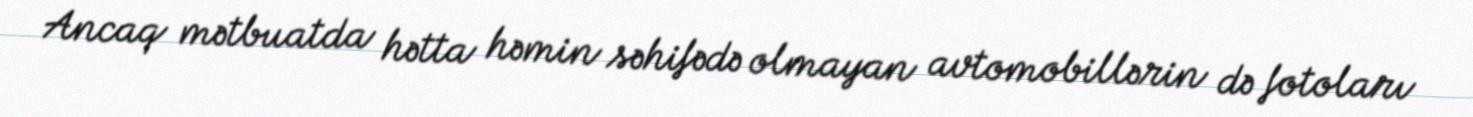
Ancaq mətbuatda hətta həmin səhifədə olmayan avtomobillərin də fotoları